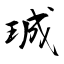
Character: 珹